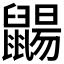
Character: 𪕫